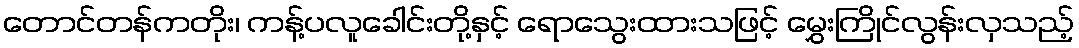
တောင်တန်ကတိုး၊ ကန့်ပလူခေါင်းတို့နှင့် ရောသွေးထားသဖြင့် မွှေးကြိုင်လွန်းလှသည့်